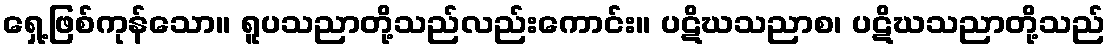
ရှေ့ဖြစ်ကုန်သော။ ရူပသညာတို့သည်လည်းကောင်း။ ပဋိဃသညာစ၊ ပဋိဃသညာတို့သည်